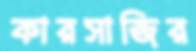
কারসাজির